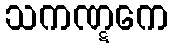
သကဏ္ဋကေ